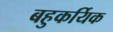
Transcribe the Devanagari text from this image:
बहुकर्यिक